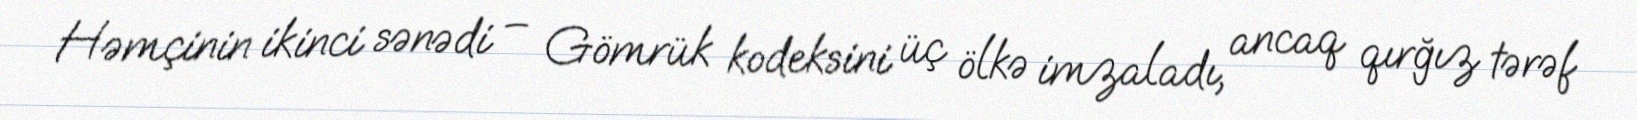
Həmçinin ikinci sənədi – Gömrük kodeksini üç ölkə imzaladı, ancaq qırğız tərəf